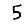
Digit: 5